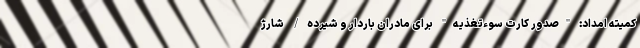
کمیته امداد: "صدور کارت سوءتغذیه" برای مادران باردار و شیرده/ شارژ